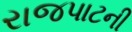
રાજપાટની